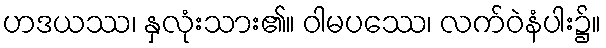
ဟဒယဿ၊ နှလုံးသား၏။ ဝါမပဿေ၊ လက်ဝဲနံပါး၌။